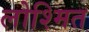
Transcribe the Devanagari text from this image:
लोश्मित